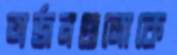
অর্জনগুলোকে